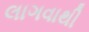
લાગવાથી